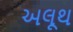
અલૂથ